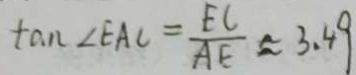
\tan \angle E A C = \frac { E C } { A E } \approx 3 . 4 9